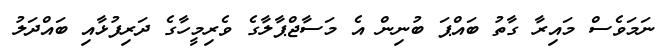
ނަމަވެސް މައިރާ ގާތު ބައްޕަ ބުނިން އެ މަސާޖްޕާލާގެ ވެރިމީހާގެ ދަރިފުޅާއި ބައްދަލު